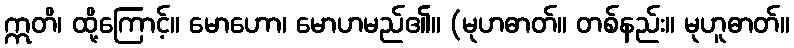
ဣတိ၊ ထို့ကြောင့်။ မောဟော၊ မောဟမည်၏။ (မုဟဓာတ်။ တစ်နည်း။ မုဟူဓာတ်။